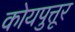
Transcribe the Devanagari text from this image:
कोयपुत्तूर